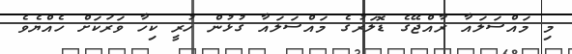
މި މައްސަލައާ ރާއްޖޭގެ ޑޮލަރުގެ މައްސަލައާ ގުޅުން ހުރީ ކިހާ ވަރަކަށް ހެއްޔެވެ